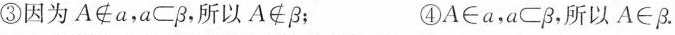
③因为A\notin a，a\subset \beta ，所以A\notin \beta ； ④A∈a，a\subset \beta ，所以A\in \beta .